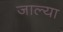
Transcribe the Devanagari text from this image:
जाल्या